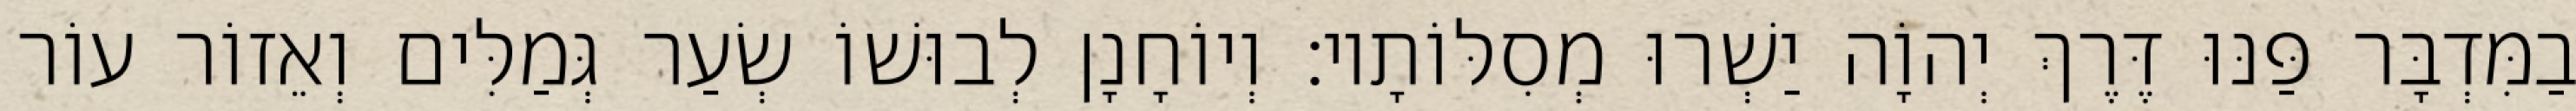
בַמִּדְבָּר פַּנּוּ דֶּרֶךְ יְהוָֹה יַשְׁרוּ מְסִלּוֹתָיו׃ וְיוֹחָנָן לְבוּשׁוֹ שְׂעַר גְּמַלִּים וְאֵזוֹר עוֹר